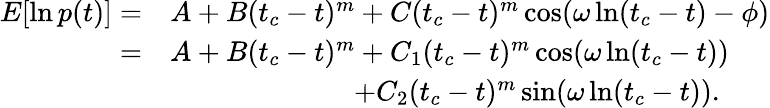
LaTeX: \begin{array}{rl}{E[\ln p(t)]=}&{A+B(t_{c}-t)^{m}+C(t_{c}-t)^{m}\cos(\omega\ln(t_{c}-t)-\phi)}\\ {=}&{A+B(t_{c}-t)^{m}+C_{1}(t_{c}-t)^{m}\cos(\omega\ln(t_{c}-t))}\\ &{\qquad\qquad\qquad\, \, \, +C_{2}(t_{c}-t)^{m}\sin(\omega\ln(t_{c}-t)).}\end{array}